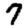
Digit: 7